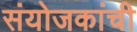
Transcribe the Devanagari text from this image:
संयोजकांची